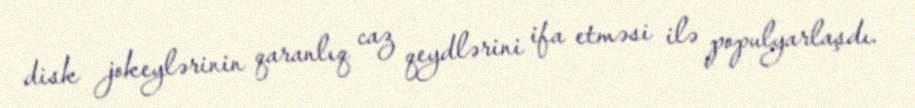
disk jokeylərinin qaranlıq caz qeydlərini ifa etməsi ilə populyarlaşdı.